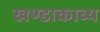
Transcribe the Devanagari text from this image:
खण्डाकाव्य